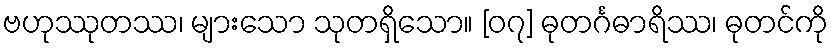
ဗဟုဿုတဿ၊ များသော သုတရှိသော။ [၀၇] ဓုတင်္ဂဓာရိဿ၊ ဓုတင်ကို